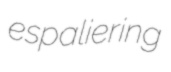
espaliering